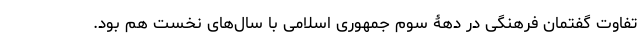
تفاوت گفتمان فرهنگی در دهۀ سوم جمهوری اسلامی با سال‌های نخست هم بود.